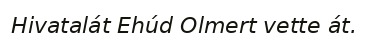
Hivatalát Ehúd Olmert vette át.